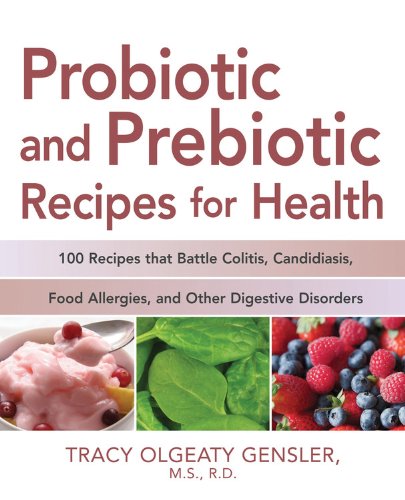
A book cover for Probiotic and Prebiotic Recipes for Health: 100 Recipes that Battle Colitis, Candidiasis, Food Allergies, and Other Digestive Disorders; Tracy Olgeaty Gensler; Health, Fitness & Dieting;